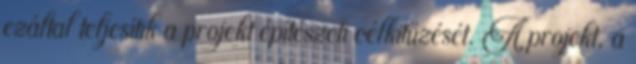
ezáltal teljesítik a projekt építészeti célkitűzését. A projekt, a